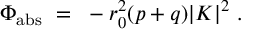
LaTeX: \Phi _ { \mathrm { a b s } } ~ = ~ - r _ { 0 } ^ { 2 } ( p + q ) | K | ^ { 2 } ~ .